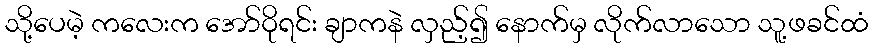
သို့ပေမဲ့ ကလေးက အော်ဝိုရင်း ချာကနဲ လှည့်၍ နောက်မှ လိုက်လာသော သူ့ဖခင်ထံ